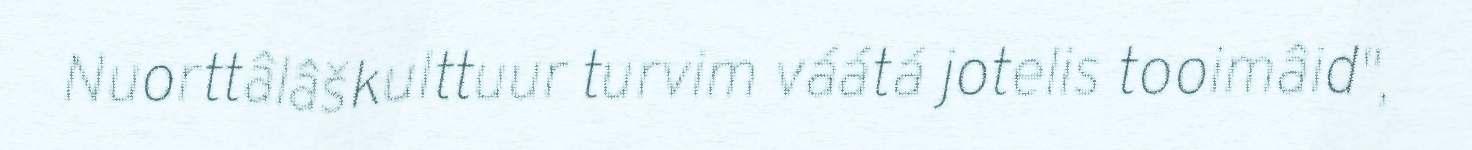
Nuorttâlâškulttuur turvim váátá jotelis tooimâid",